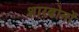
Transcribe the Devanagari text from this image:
शारबोनों